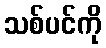
သစ်ပင်ကို